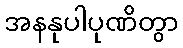
အနနုပါပုဏိတွာ